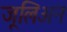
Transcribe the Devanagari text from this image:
जूलिअन